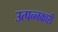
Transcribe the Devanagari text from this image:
उत्पन्नकारी